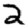
Digit: 2